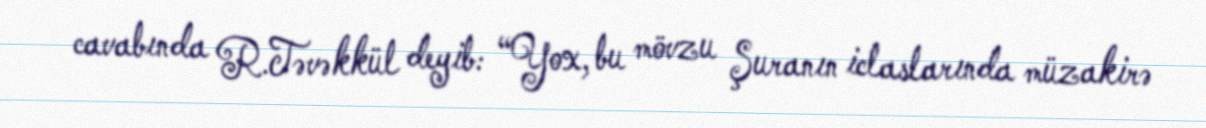
cavabında R.Təvəkkül deyib: “Yox, bu mövzu Şuranın iclaslarında müzakirə